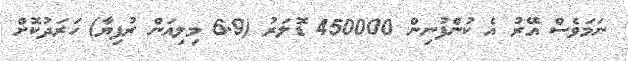
ނަމަވެސް އޭރު އެ ކުންފުނިން 450000 ޑޮލަރު (6.9 މިލިއަން ރުފިޔާ) ހަރަދުކޮށް